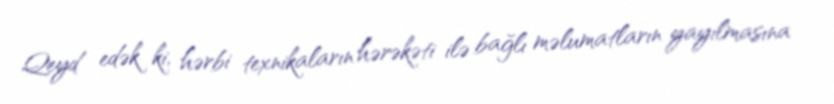
Qeyd edək ki, hərbi texnikaların hərəkəti ilə bağlı məlumatların yayılmasına